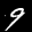
Label: 9